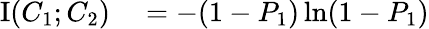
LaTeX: \begin{array}{rl}{\operatorname{I}(C_{1};C_{2})}&{{}=-(1-P_{1})\ln(1-P_{1})}\end{array}